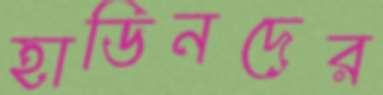
হাডিনদের